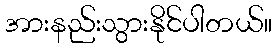
အားနည်းသွားနိုင်ပါတယ်။